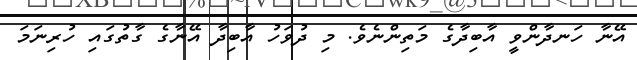
އޭނާ ހަނދާންވީ އާބިދާގެ މަތިންނެވެ. މި ދުވަހު އާބިދާ އޭނާގެ ގާތުގައި ހުރިނަމަ